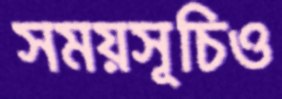
সময়সূচিও